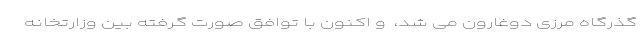
گذرگاه مرزی دوغارون می شد، ‌ و اکنون با توافق صورت گرفته بین وزارتخانه